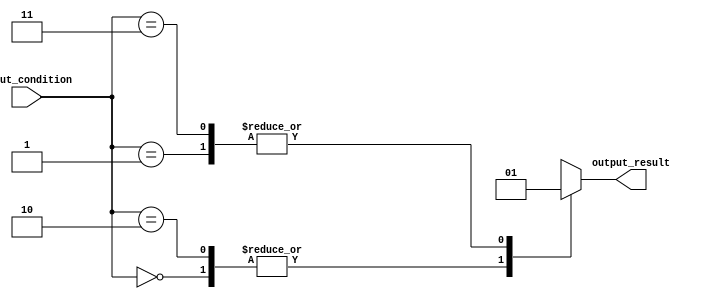
module priority_case (
    input wire [1:0] input_condition,
    output reg output_result
);

always @(*)
begin
    case (input_condition)
        2'b00: begin
            // Block of code for condition 00
            output_result <= 0;
        end
        2'b01: begin
            // Block of code for condition 01
            output_result <= 1;
        end
        2'b10: begin
            // Block of code for condition 10
            output_result <= 0;
        end
        2'b11: begin
            // Block of code for condition 11
            output_result <= 1;
        end
    endcase
end

endmodule